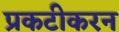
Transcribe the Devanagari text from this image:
प्रकटीकरन